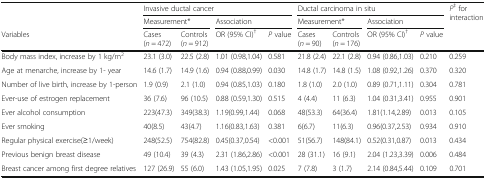
<table><thead><tr><td rowspan="2"></td><td colspan="4"><b>Invasive ductal cancer</b></td><td colspan="4"><b>Ductal carcinoma in situ</b></td><td rowspan="3"><b><i>P</i><sup>‡</sup> for interaction</b></td></tr><tr><td colspan="2"><b>Measurement*</b></td><td colspan="2"><b>Association</b></td><td colspan="2"><b>Measurement*</b></td><td colspan="2"><b>Association</b></td></tr><tr><td><b>Variables</b></td><td><b>Cases (<i>n</i> = 472)</b></td><td><b>Controls (<i>n</i> = 912)</b></td><td><b>OR (95% CI)<sup>†</sup></b></td><td><b><i>P</i> value</b></td><td><b>Cases (<i>n</i> = 90)</b></td><td><b>Controls (<i>n</i> = 176)</b></td><td><b>OR (95% CI)<sup>†</sup></b></td><td><b><i>P</i> value</b></td></tr></thead><tbody><tr><td>Body mass index, increase by 1 kg/m<sup>2</sup></td><td>23.1 (3.0)</td><td>22.5 (2.8)</td><td>1.01 (0.98,1.04)</td><td>0.581</td><td>21.8 (2.4)</td><td>22.1 (2.8)</td><td>0.94 (0.86,1.03)</td><td>0.210</td><td>0.259</td></tr><tr><td>Age at menarche, increase by 1- year</td><td>14.6 (1.7)</td><td>14.9 (1.6)</td><td>0.94 (0.88,0.99)</td><td>0.030</td><td>14.8 (1.7)</td><td>14.8 (1.5)</td><td>1.08 (0.92,1.26)</td><td>0.370</td><td>0.320</td></tr><tr><td>Number of live birth, increase by 1-person</td><td>1.9 (0.9)</td><td>2.1 (1.0)</td><td>0.94 (0.85,1.03)</td><td>0.180</td><td>1.8 (1.0)</td><td>2.0 (1.0)</td><td>0.89 (0.71,1.11)</td><td>0.304</td><td>0.781</td></tr><tr><td>Ever-use of estrogen replacement</td><td>36 (7.6)</td><td>96 (10.5)</td><td>0.88 (0.59,1.30)</td><td>0.515</td><td>4 (4.4)</td><td>11 (6.3)</td><td>1.04 (0.31,3.41)</td><td>0.955</td><td>0.901</td></tr><tr><td>Ever alcohol consumption</td><td>223(47.3)</td><td>349(38.3)</td><td>1.19(0.99,1.44)</td><td>0.068</td><td>48(53.3)</td><td>64(36.4)</td><td>1.81(1.14,2.89)</td><td>0.013</td><td>0.105</td></tr><tr><td>Ever smoking</td><td>40(8.5)</td><td>43(4.7)</td><td>1.16(0.83,1.63)</td><td>0.381</td><td>6(6.7)</td><td>11(6.3)</td><td>0.96(0.37,2.53)</td><td>0.934</td><td>0.910</td></tr><tr><td>Regular physical exercise(≥1/week)</td><td>248(52.5)</td><td>754(82.8)</td><td>0.45(0.37,0.54)</td><td>&lt;0.001</td><td>51(56.7)</td><td>148(84.1)</td><td>0.52(0.31,0.87)</td><td>0.013</td><td>0.434</td></tr><tr><td>Previous benign breast disease</td><td>49 (10.4)</td><td>39 (4.3)</td><td>2.31 (1.86,2.86)</td><td>&lt;0.001</td><td>28 (31.1)</td><td>16 (9.1)</td><td>2.04 (1.23,3.39)</td><td>0.006</td><td>0.484</td></tr><tr><td>Breast cancer among first degree relatives</td><td>127 (26.9)</td><td>55 (6.0)</td><td>1.43 (1.05,1.95)</td><td>0.025</td><td>7 (7.8)</td><td>3 (1.7)</td><td>2.14 (0.84,5.44)</td><td>0.109</td><td>0.701</td></tr></tbody></table>